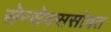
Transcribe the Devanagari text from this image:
सेन्सेक्ससोबत